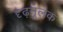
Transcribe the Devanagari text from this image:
दृढ़मूलक